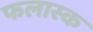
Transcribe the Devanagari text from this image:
फलास्क